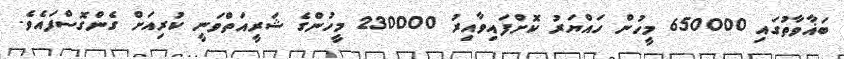
ބަޣާވާތުގައި 650000 މީހުން ހައްޔަރު ކޮށްފައިވާއިރު 230000 މީހުންގެ ޝަރީއަތްވަނީ ކުރިއަށް ގެންގޮސްފައެވެ.